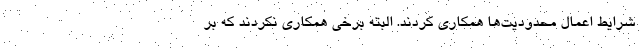
شرایط اعمال محدودیت‌ها همکاری کردند. البته برخی همکاری نکردند که بر